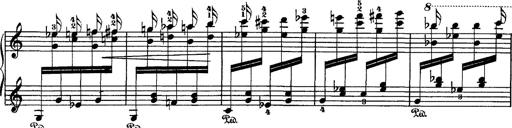
Title: Hungarian Rhapsody No.1
Composer: Franz Liszt
Key: C-sharp minor